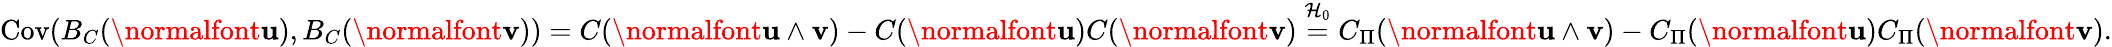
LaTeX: \mathrm{Cov}(B_{C}(\normalfont{\textbf{u}}),B_{C}(\normalfont{\textbf{v}}))=C(\normalfont{\textbf{u}\wedge\textbf{v}})-C(\normalfont{\textbf{u}})C(\normalfont{\textbf{v}})\overset{\mathcal{H}_{0}}{=}C_{\Pi}(\normalfont{\textbf{u}\wedge\textbf{v}})-C_{\Pi}(\normalfont{\textbf{u}})C_{\Pi}(\normalfont{\textbf{v}}).